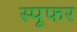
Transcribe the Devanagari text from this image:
स्पूफर